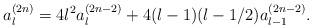
LaTeX: \begin{align*} a_l^{(2n)}= 4l^2 a_l^{(2n-2)} +4(l-1)(l-1/2) a_{l-1}^{(2n-2)}.\end{align*}